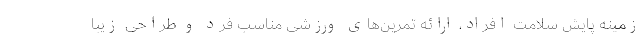
زمینه پایش سلامت افراد، ارائه تمرین‌های ورزشی مناسب فرد و طراحی زیبا